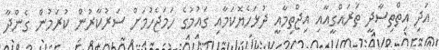
އަދި އިތްތިސާދީ ތަރައްގީއާއި އިޖްތިމާއީ ދުޅަހެޔޮކަމާއި ގައުމުގެ ހަމަޖެހުމަށް ސަރުކާރުން ކުރަމުން ގެންދާ